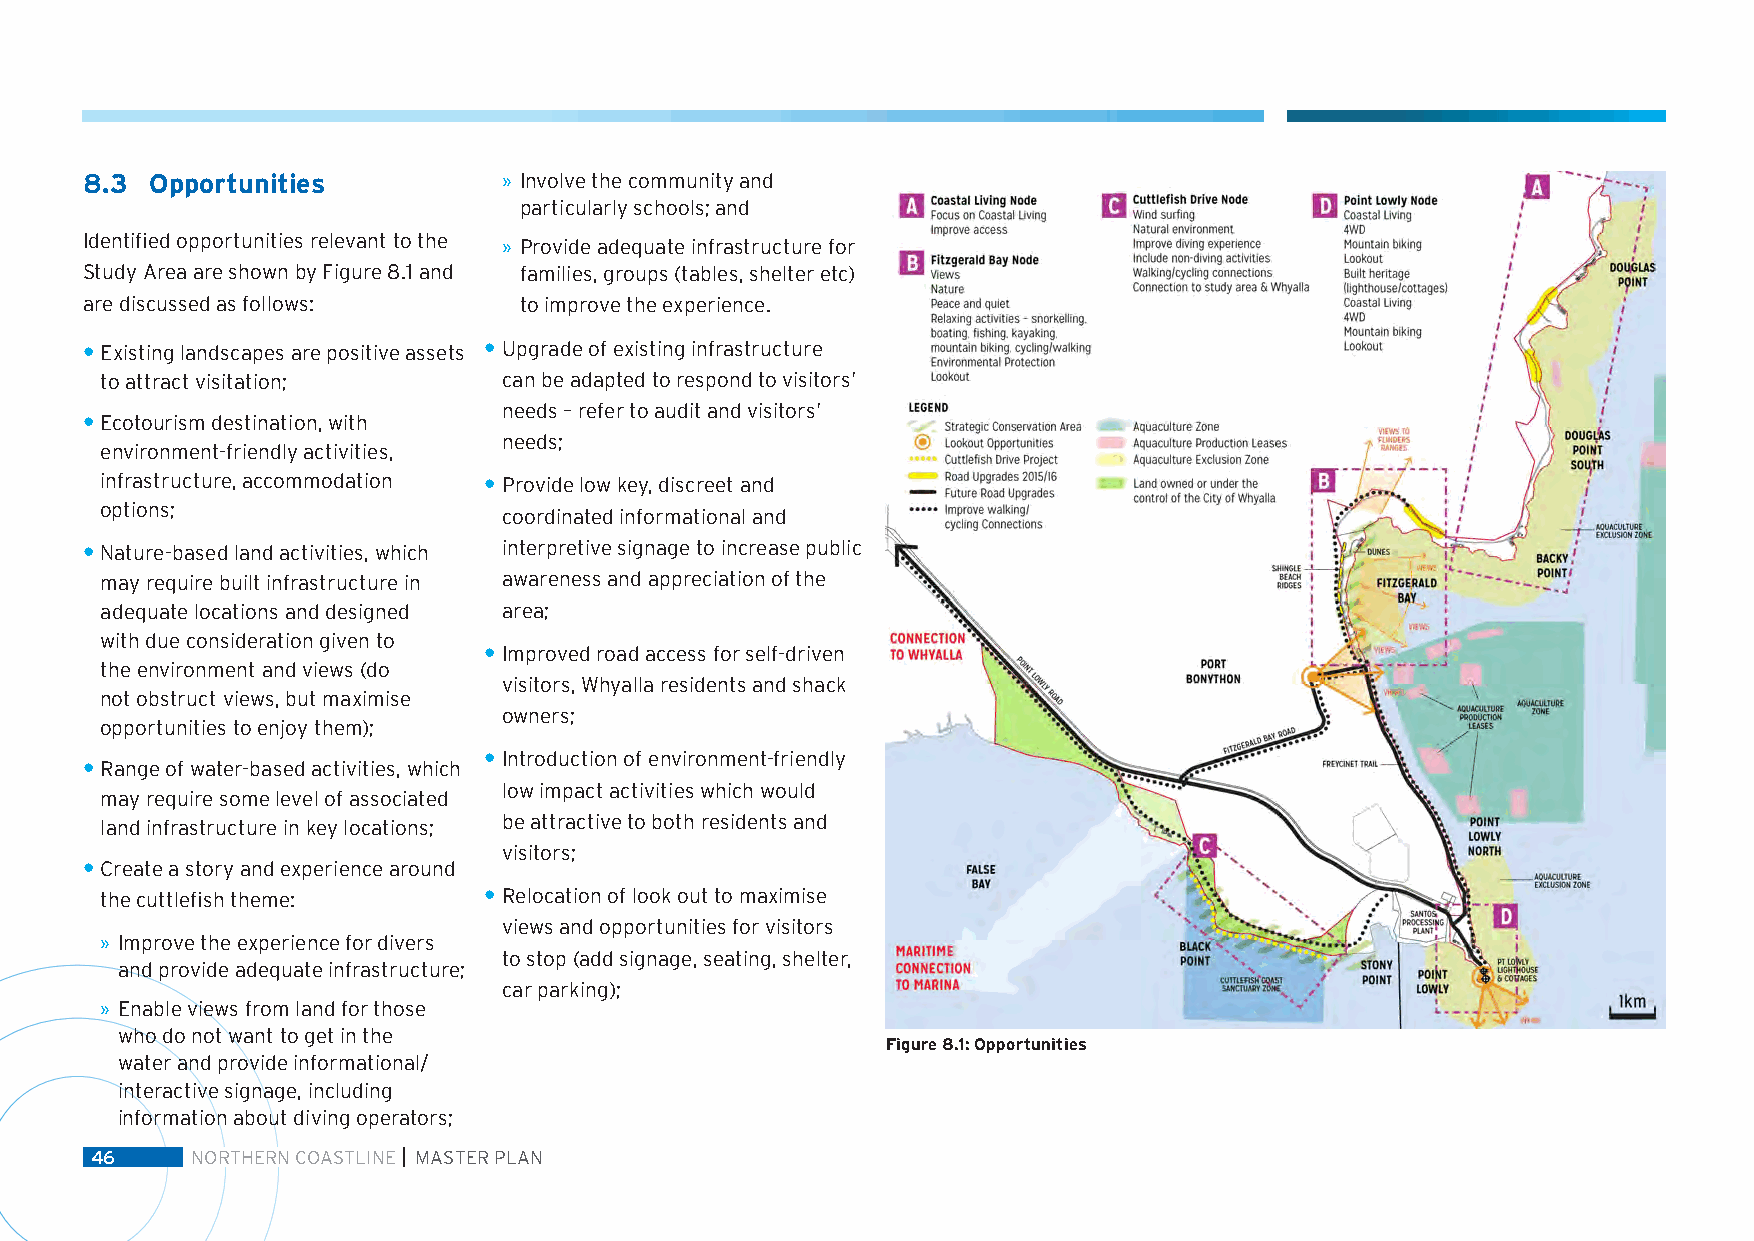
8.3  Opportunities          » Involve the community and
 particularly schools; and
 Identified opportunities relevant to the » Provide adequate infrastructure for
 Study Area are shown by Figure 8.1 and families, groups (tables, shelter etc)
 are discussed as follows:    to improve the experience.
 • Existing landscapes are positive assets • Upgrade of existing infrastructure
 to attract visitation;    can be adapted to respond to visitors’
 needs – refer to audit and visitors’
 • Ecotourism destination, with
 needs;
 environment-friendly activities,
 infrastructure, accommodation • Provide low key, discreet and
 options;
 coordinated informational and
 • Nature-based land activities, which interpretive signage to increase public
 may require built infrastructure in awareness and appreciation of the
 adequate locations and designed area;
 with due consideration given to
 • Improved road access for self-driven
 the environment and views (do
 visitors, Whyalla residents and shack
 not obstruct views, but maximise
 owners;
 opportunities to enjoy them);
 • Introduction of environment-friendly
 • Range of water-based activities, which
 low impact activities which would
 may require some level of associated
 land infrastructure in key locations; be attractive to both residents and
 visitors;
 • Create a story and experience around
 the cuttlefish theme:    • Relocation of look out to maximise
 views and opportunities for visitors
 » Improve the experience for divers
 to stop (add signage, seating, shelter,
 and provide adequate infrastructure;
 car parking);
 » Enable views from land for those
 who do not want to get in the
 Figure 8.1: Opportunities
 water and provide informational/
 interactive signage, including
 information about diving operators;
 46     NORTHERN COASTLINE MASTER PLAN